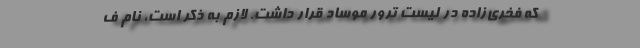
که فخری‌زاده در لیست ترور موساد قرار داشت. لازم به ذکر است، نام ف